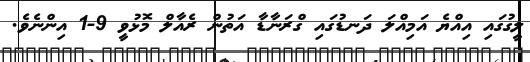
ލީގުގައި އިއްޔެ އަމިއްލަ ދަނޑުގައި ގްރަނާޑާ އަތުން ރެއާލް މޮޅުވީ 9-1 އިންނެވެ.